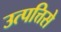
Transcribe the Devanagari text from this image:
उत्पत्तिसे